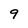
Character: 9